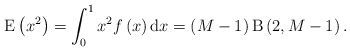
\begin{align*}\mathrm{E}\left( x^2 \right) = \int_0^1 x^2 f\left( x \right) \mathrm{d}x = \left( M -1 \right) \mathrm{B}\left(2, M-1\right).\end{align*}